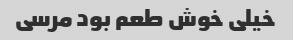
خیلی خوش طعم بود مرسی